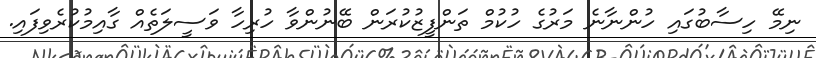
ނިމޭ ހިސާބުގައި ހުންނާނެ މަރުގެ ހުކުމް ތަންފީޒުކުރަން ބޭނުންވާ ހުރިހާ ވަސީލަތެއް ގާއިމުކުރެވިފައި.